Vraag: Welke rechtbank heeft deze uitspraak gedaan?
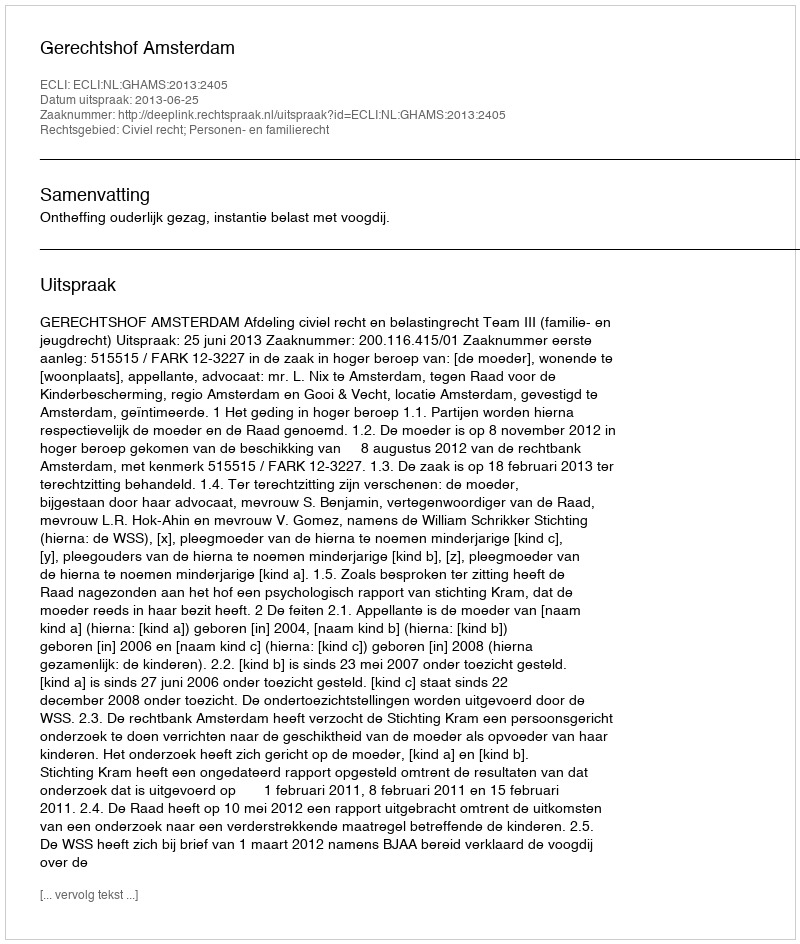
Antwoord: Gerechtshof Amsterdam